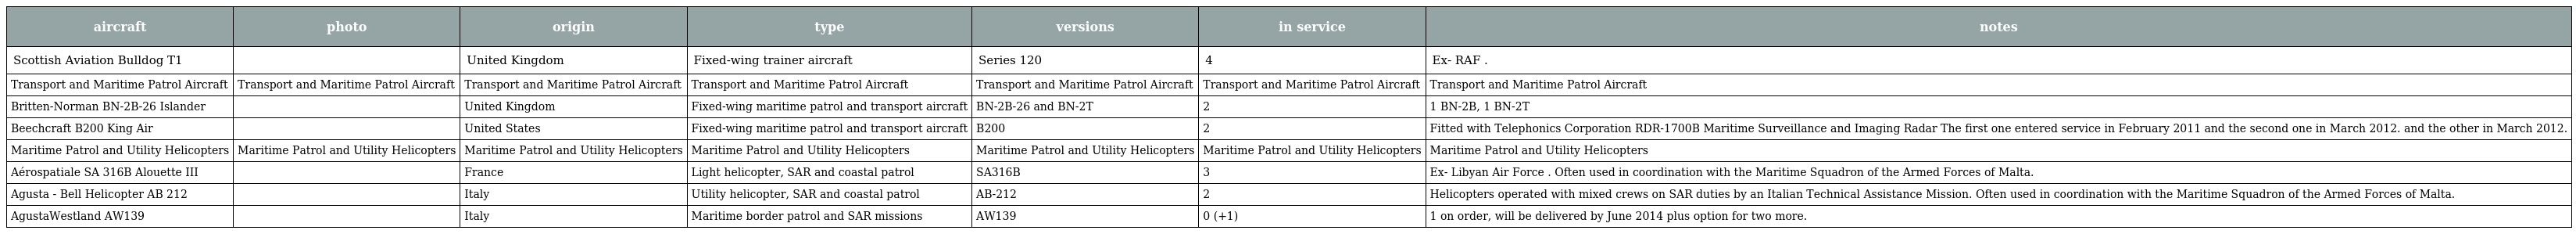
| aircraft | photo | origin | type | versions | in service | notes |
 | --- | --- | --- | --- | --- | --- | --- |
 | Scottish Aviation Bulldog T1 |  | United Kingdom | Fixed-wing trainer aircraft | Series 120 | 4 | Ex- RAF . |
 | Transport and Maritime Patrol Aircraft | Transport and Maritime Patrol Aircraft | Transport and Maritime Patrol Aircraft | Transport and Maritime Patrol Aircraft | Transport and Maritime Patrol Aircraft | Transport and Maritime Patrol Aircraft | Transport and Maritime Patrol Aircraft |
 | Britten-Norman BN-2B-26 Islander |  | United Kingdom | Fixed-wing maritime patrol and transport aircraft | BN-2B-26 and BN-2T | 2 | 1 BN-2B, 1 BN-2T |
 | Beechcraft B200 King Air |  | United States | Fixed-wing maritime patrol and transport aircraft | B200 | 2 | Fitted with Telephonics Corporation RDR-1700B Maritime Surveillance and Imaging Radar The first one entered service in February 2011 and the second one in March 2012. and the other in March 2012. |
 | Maritime Patrol and Utility Helicopters | Maritime Patrol and Utility Helicopters | Maritime Patrol and Utility Helicopters | Maritime Patrol and Utility Helicopters | Maritime Patrol and Utility Helicopters | Maritime Patrol and Utility Helicopters | Maritime Patrol and Utility Helicopters |
 | Aérospatiale SA 316B Alouette III |  | France | Light helicopter, SAR and coastal patrol | SA316B | 3 | Ex- Libyan Air Force . Often used in coordination with the Maritime Squadron of the Armed Forces of Malta. |
 | Agusta - Bell Helicopter AB 212 |  | Italy | Utility helicopter, SAR and coastal patrol | AB-212 | 2 | Helicopters operated with mixed crews on SAR duties by an Italian Technical Assistance Mission. Often used in coordination with the Maritime Squadron of the Armed Forces of Malta. |
 | AgustaWestland AW139 |  | Italy | Maritime border patrol and SAR missions | AW139 | 0 (+1) | 1 on order, will be delivered by June 2014 plus option for two more. |